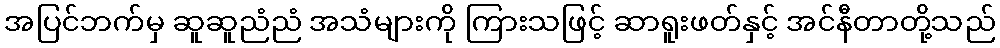
အပြင်ဘက်မှ ဆူဆူညံညံ အသံများကို ကြားသဖြင့် ဆာရူးဖတ်နှင့် အင်နီတာတို့သည်